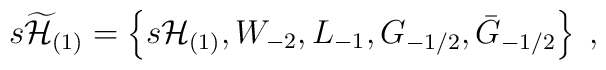
s\widetilde {{\cal H}}_{(1)} = \left\{ s{\cal H}_{(1)},W_{-2}, L_{-1}, G_{-1/2},\bar{G}_{-1/2} \right\}\;,